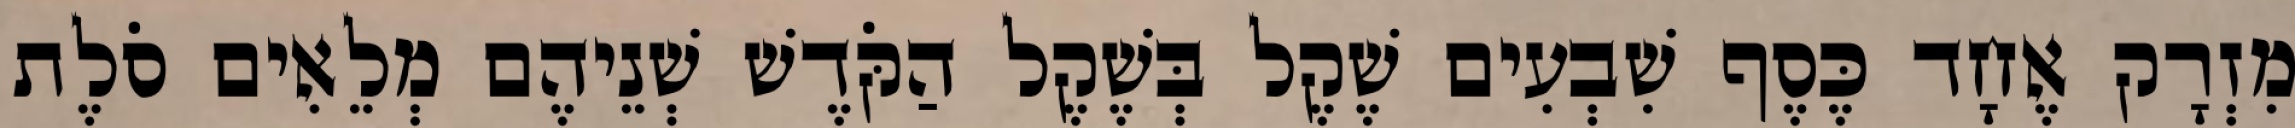
מִזְרָק אֶחָד כֶּסֶף שִׁבְעִים שֶׁקֶל בְּשֶׁקֶל הַקֹּדֶשׁ שְׁנֵיהֶם מְלֵאִים סֹלֶת